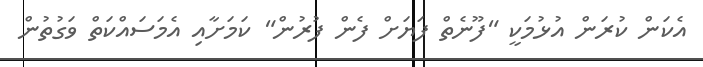
އެކަން ކުރަން އުޅުމަކީ "ފޫނެތް ފަޔަށް ފެން ފުރުން" ކަމަށާއި އެމަސައްކަތް ވަގުތުން